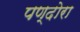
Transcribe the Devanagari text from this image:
पण्दोरा